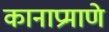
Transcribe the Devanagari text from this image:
कानाप्रमाणे